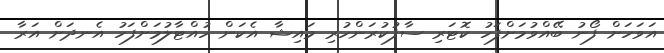
އަވަހަށް ފޯނު ބޭއްވުމަށްފަހު ކޮޓަރި ސާފުކުރަންހުރި މައިޝާ އެކަން ހުއްޓާލުމަށްފަހު އެނދަށް އަރާ